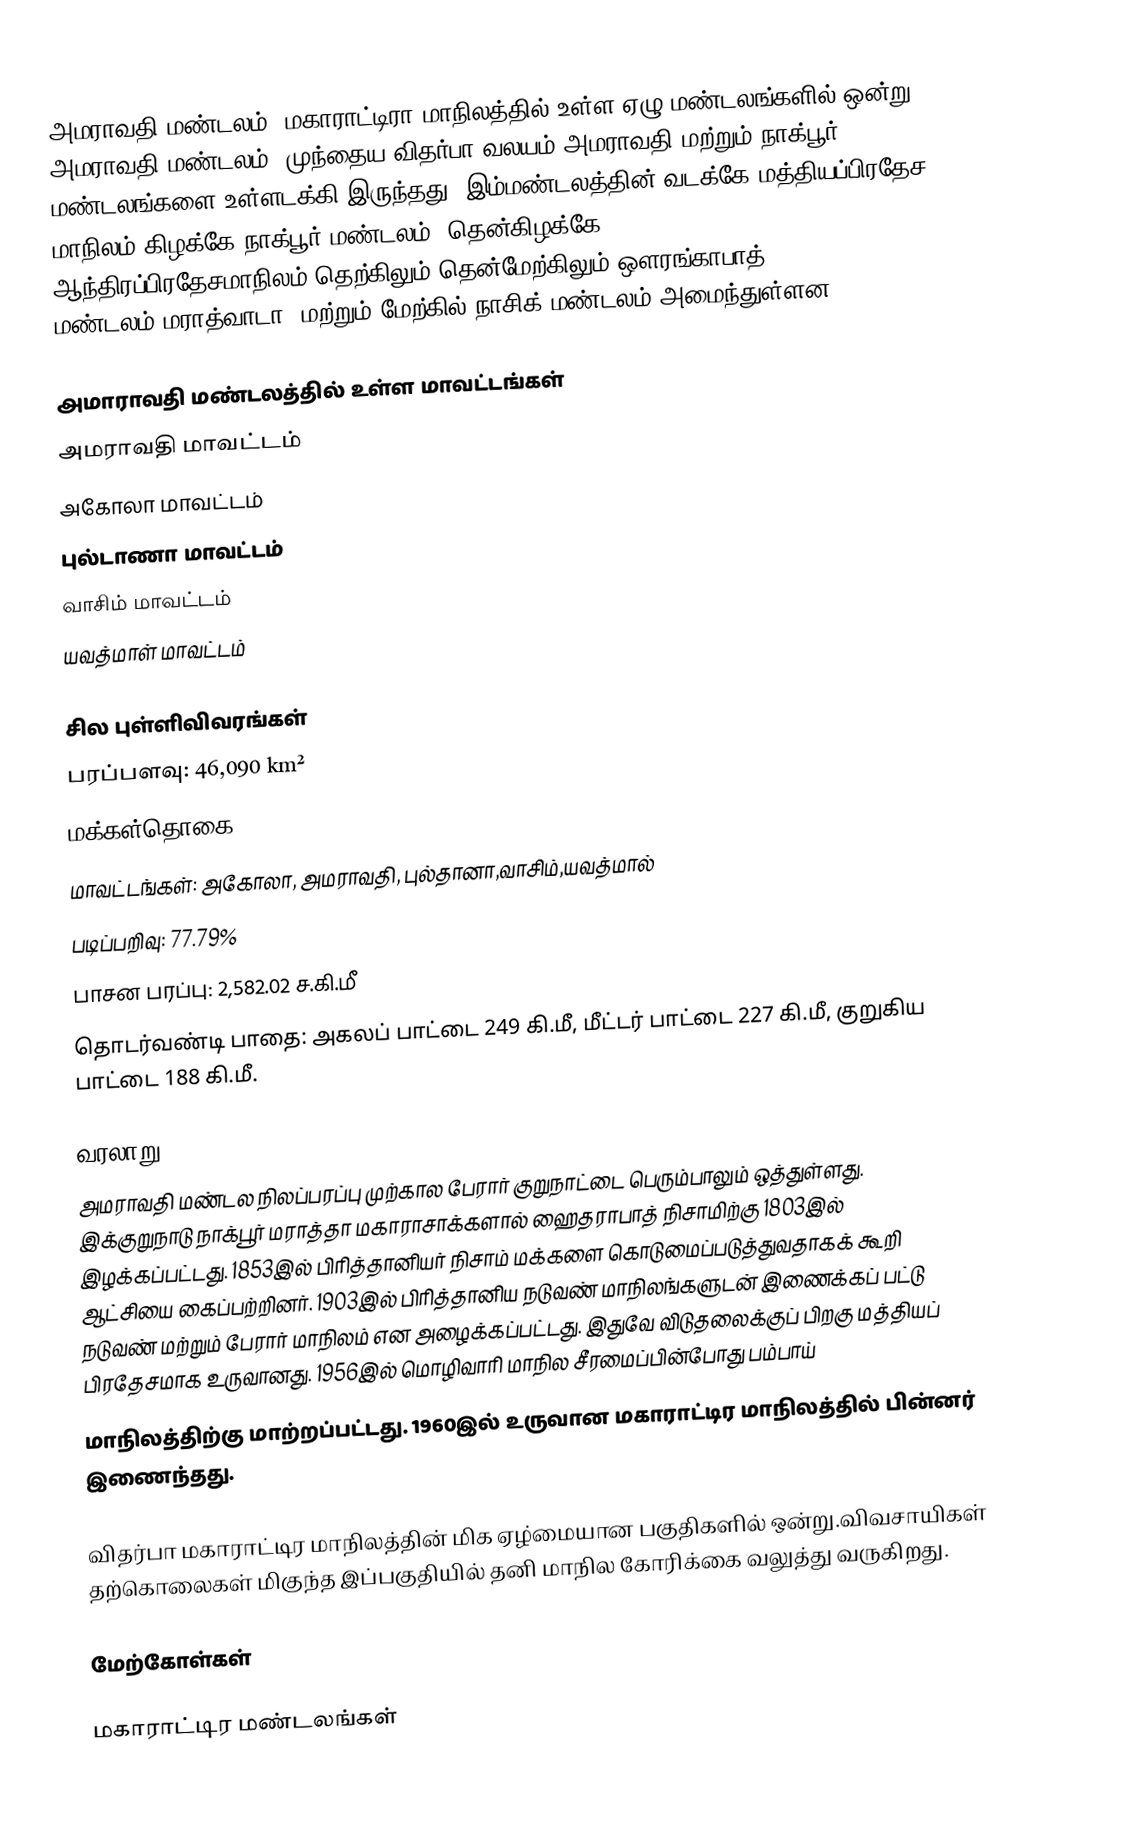
அமராவதி மண்டலம், மகாராட்டிரா மாநிலத்தில் உள்ள ஏழு மண்டலங்களில் ஒன்று அமராவதி மண்டலம். முந்தைய விதர்பா வலயம் அமராவதி மற்றும் நாக்பூர் மண்டலங்களை உள்ளடக்கி இருந்தது. இம்மண்டலத்தின் வடக்கே மத்தியப்பிரதேச மாநிலம்,கிழக்கே நாக்பூர் மண்டலம், தென்கிழக்கே ஆந்திரப்பிரதேசமாநிலம்,தெற்கிலும் தென்மேற்கிலும் ஔரங்காபாத் மண்டலம்(மராத்வாடா) மற்றும் மேற்கில் நாசிக் மண்டலம் அமைந்துள்ளன.

அமாராவதி மண்டலத்தில் உள்ள மாவட்டங்கள்
 அமராவதி மாவட்டம்
 அகோலா மாவட்டம்
 புல்டாணா மாவட்டம்
 வாசிம் மாவட்டம்
 யவத்மாள் மாவட்டம்

சில புள்ளிவிவரங்கள்
 பரப்பளவு: 46,090 km²
 மக்கள்தொகை: 9,941,903
 மாவட்டங்கள்: அகோலா, அமராவதி, புல்தானா,வாசிம்,யவத்மால்
 படிப்பறிவு: 77.79%
 பாசன பரப்பு: 2,582.02 ச.கி.மீ
 தொடர்வண்டி பாதை: அகலப் பாட்டை 249 கி.மீ, மீட்டர் பாட்டை 227 கி.மீ, குறுகிய பாட்டை 188 கி.மீ.

வரலாறு
அமராவதி மண்டல நிலப்பரப்பு முற்கால பேரார் குறுநாட்டை பெரும்பாலும் ஒத்துள்ளது. இக்குறுநாடு நாக்பூர் மராத்தா மகாராசாக்களால் ஹைதராபாத் நிசாமிற்கு 1803இல் இழக்கப்பட்டது. 1853இல் பிரித்தானியர் நிசாம் மக்களை கொடுமைப்படுத்துவதாகக் கூறி ஆட்சியை கைப்பற்றினர். 1903இல் பிரித்தானிய நடுவண் மாநிலங்களுடன் இணைக்கப் பட்டு நடுவண் மற்றும் பேரார் மாநிலம் என அழைக்கப்பட்டது. இதுவே விடுதலைக்குப் பிறகு  மத்தியப் பிரதேசமாக உருவானது. 1956இல் மொழிவாரி மாநில சீரமைப்பின்போது பம்பாய்
மாநிலத்திற்கு மாற்றப்பட்டது. 1960இல் உருவான மகாராட்டிர மாநிலத்தில் பின்னர் இணைந்தது.

விதர்பா மகாராட்டிர மாநிலத்தின் மிக ஏழ்மையான பகுதிகளில் ஒன்று.விவசாயிகள் தற்கொலைகள் மிகுந்த இப்பகுதியில் தனி மாநில கோரிக்கை வலுத்து வருகிறது.

மேற்கோள்கள்

மகாராட்டிர மண்டலங்கள்